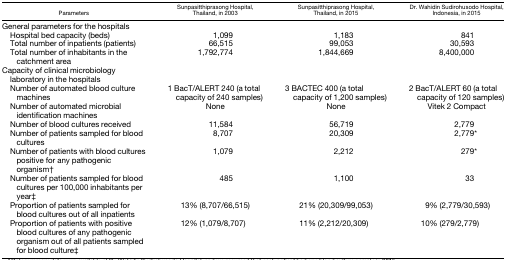
<table><thead><tr><td><b>Parameters</b></td><td><b>Sunpasitthiprasong Hospital, Thailand, in 2003</b></td><td><b>Sunpasitthiprasong Hospital, Thailand, in 2015</b></td><td><b>Dr. Wahidin Sudirohusodo Hospital, Indonesia, in 2015</b></td></tr></thead><tbody><tr><td>General parameters for the hospitals</td><td></td><td></td><td></td></tr><tr><td> Hospital bed capacity (beds)</td><td>1,099</td><td>1,183</td><td>841</td></tr><tr><td> Total number of inpatients (patients)</td><td>66,515</td><td>99,053</td><td>30,593</td></tr><tr><td> Total number of inhabitants in the catchment area</td><td>1,792,774</td><td>1,844,669</td><td>8,400,000</td></tr><tr><td>Capacity of clinical microbiology laboratory in the hospitals</td><td></td><td></td><td></td></tr><tr><td> Number of automated blood culture machines</td><td>1 BacT/ALERT 240 (a total capacity of 240 samples)</td><td>3 BACTEC 400 (a total capacity of 1,200 samples)</td><td>2 BacT/ALERT 60 (a total capacity of 120 samples)</td></tr><tr><td> Number of automated microbial identification machines</td><td>None</td><td>None</td><td>Vitek 2 Compact</td></tr><tr><td> Number of blood cultures received</td><td>11,584</td><td>56,719</td><td>2,779</td></tr><tr><td> Number of patients sampled for blood cultures</td><td>8,707</td><td>20,309</td><td>2,779*</td></tr><tr><td> Number of patients with blood cultures positive for any pathogenic organism†</td><td>1,079</td><td>2,212</td><td>279*</td></tr><tr><td> Number of patients sampled for blood cultures per 100,000 inhabitants per year‡</td><td>485</td><td>1,100</td><td>33</td></tr><tr><td> Proportion of patients sampled for blood cultures out of all inpatients</td><td>13% (8,707/66,515)</td><td>21% (20,309/99,053)</td><td>9% (2,779/30,593)</td></tr><tr><td> Proportion of patients with positive blood cultures of any pathogenic organism out of all patients sampled for blood culture‡</td><td>12% (1,079/8,707)</td><td>11% (2,212/20,309)</td><td>10% (279/2,779)</td></tr></tbody></table>